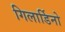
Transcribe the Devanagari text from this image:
गिलार्डिनो